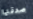
صدقتها